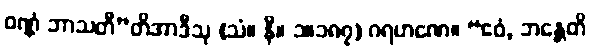
ဝဏ္ဏံ ဘာသတီ”တိအာဒီသု (သံ။ နိ။ ၁။၁၈၇) ဂရဟဏေ။ “ဧဝံ, ဘန္တေတိ